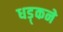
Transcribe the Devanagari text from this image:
धड़्कने